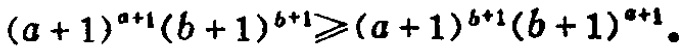
\((a + 1)^{a + 1}(b + 1)^{b + 1}\geqslant(a + 1)^{b + 1}(b + 1)^{a + 1}\)